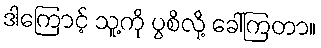
ဒါကြောင့် သူ့ကို ပွစိလို့ ခေါ်ကြတာ။